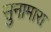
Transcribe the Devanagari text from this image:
सुनामारा